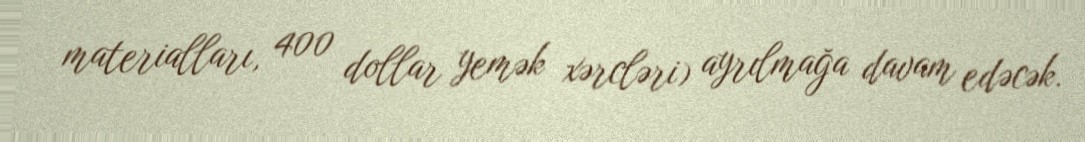
materialları, 400 dollar yemək xərcləri) ayrılmağa davam edəcək.